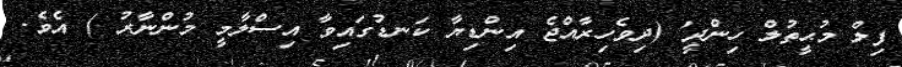
ފިލް މުޙީތުލް ހިންދީ' (ދިވެހިރާއްޖެ އިންޑިޔާ ކަނޑުގައިވާ އިސްލާމީ މުންނާރު ) އެވެ.